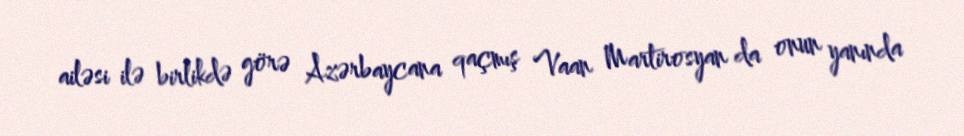
ailəsi ilə birlikdə görə Azərbaycana qaçmış Vaan Martirosyan da onun yanında